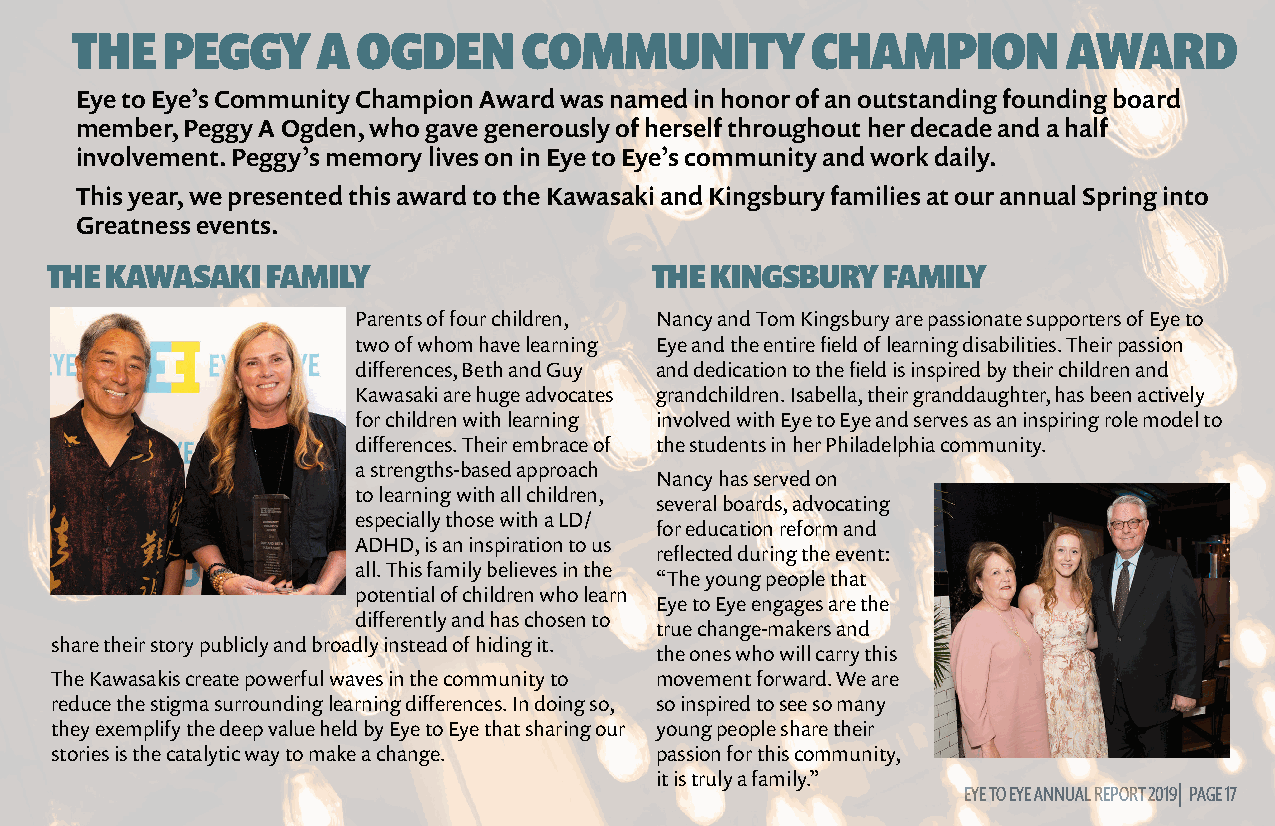
THE   PEGGY     A  OGDEN      COMMUNITY          CHAMPION         AWARD
 Eye to Eye’s Community Champion Award was named in honor of an outstanding founding board
 member, Peggy A Ogden, who gave generously of herself throughout her decade and a half
 involvement. Peggy’s memory lives on in Eye to Eye’s community and work daily.
 This year, we presented this award to the Kawasaki and Kingsbury families at our annual Spring into
 Greatness events.
 THE KAWASAKI   FAMILY                   THE KINGSBURY  FAMILY
 Parents of four children, Nancy and Tom Kingsbury are passionate supporters of Eye to
 two of whom have learning Eye and the entire field of learning disabilities. Their passion
 differences, Beth and Guy and dedication to the field is inspired by their children and
 Kawasaki are huge advocates grandchildren. Isabella, their granddaughter, has been actively
 for children with learning involved with Eye to Eye and serves as an inspiring role model to
 differences. Their embrace of the students in her Philadelphia community.
 a strengths-based approach
 Nancy has served on
 to learning with all children,
 several boards, advocating
 especially those with a LD/
 for education reform and
 ADHD, is an inspiration to us
 reflected during the event:
 all. This family believes in the
 “The young people that
 potential of children who learn
 Eye to Eye engages are the
 differently and has chosen to
 true change-makers and
 share their story publicly and broadly instead of hiding it.
 the ones who will carry this
 The Kawasakis create powerful waves in the community to movement forward. We are
 reduce the stigma surrounding learning differences. In doing so, so inspired to see so many
 they exemplify the deep value held by Eye to Eye that sharing our young people share their
 stories is the catalytic way to make a change. passion for this community,
 it is truly a family.”
 EYE TO EYE ANNUAL REPORT 2019| PAGE 17